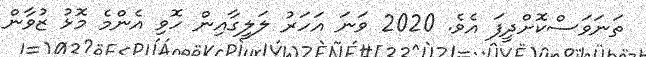
ތަނަވަސްކޮށްދީފަ އެވެ. 2020 ވަނަ އަހަރު ލަލީގާއިން ހޮވި އެންމެ މޮޅު ޒުވާން